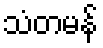
သံတမန်